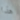
هذا